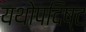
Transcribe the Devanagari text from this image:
यथोपदिष्ट